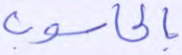
بالحاسوب